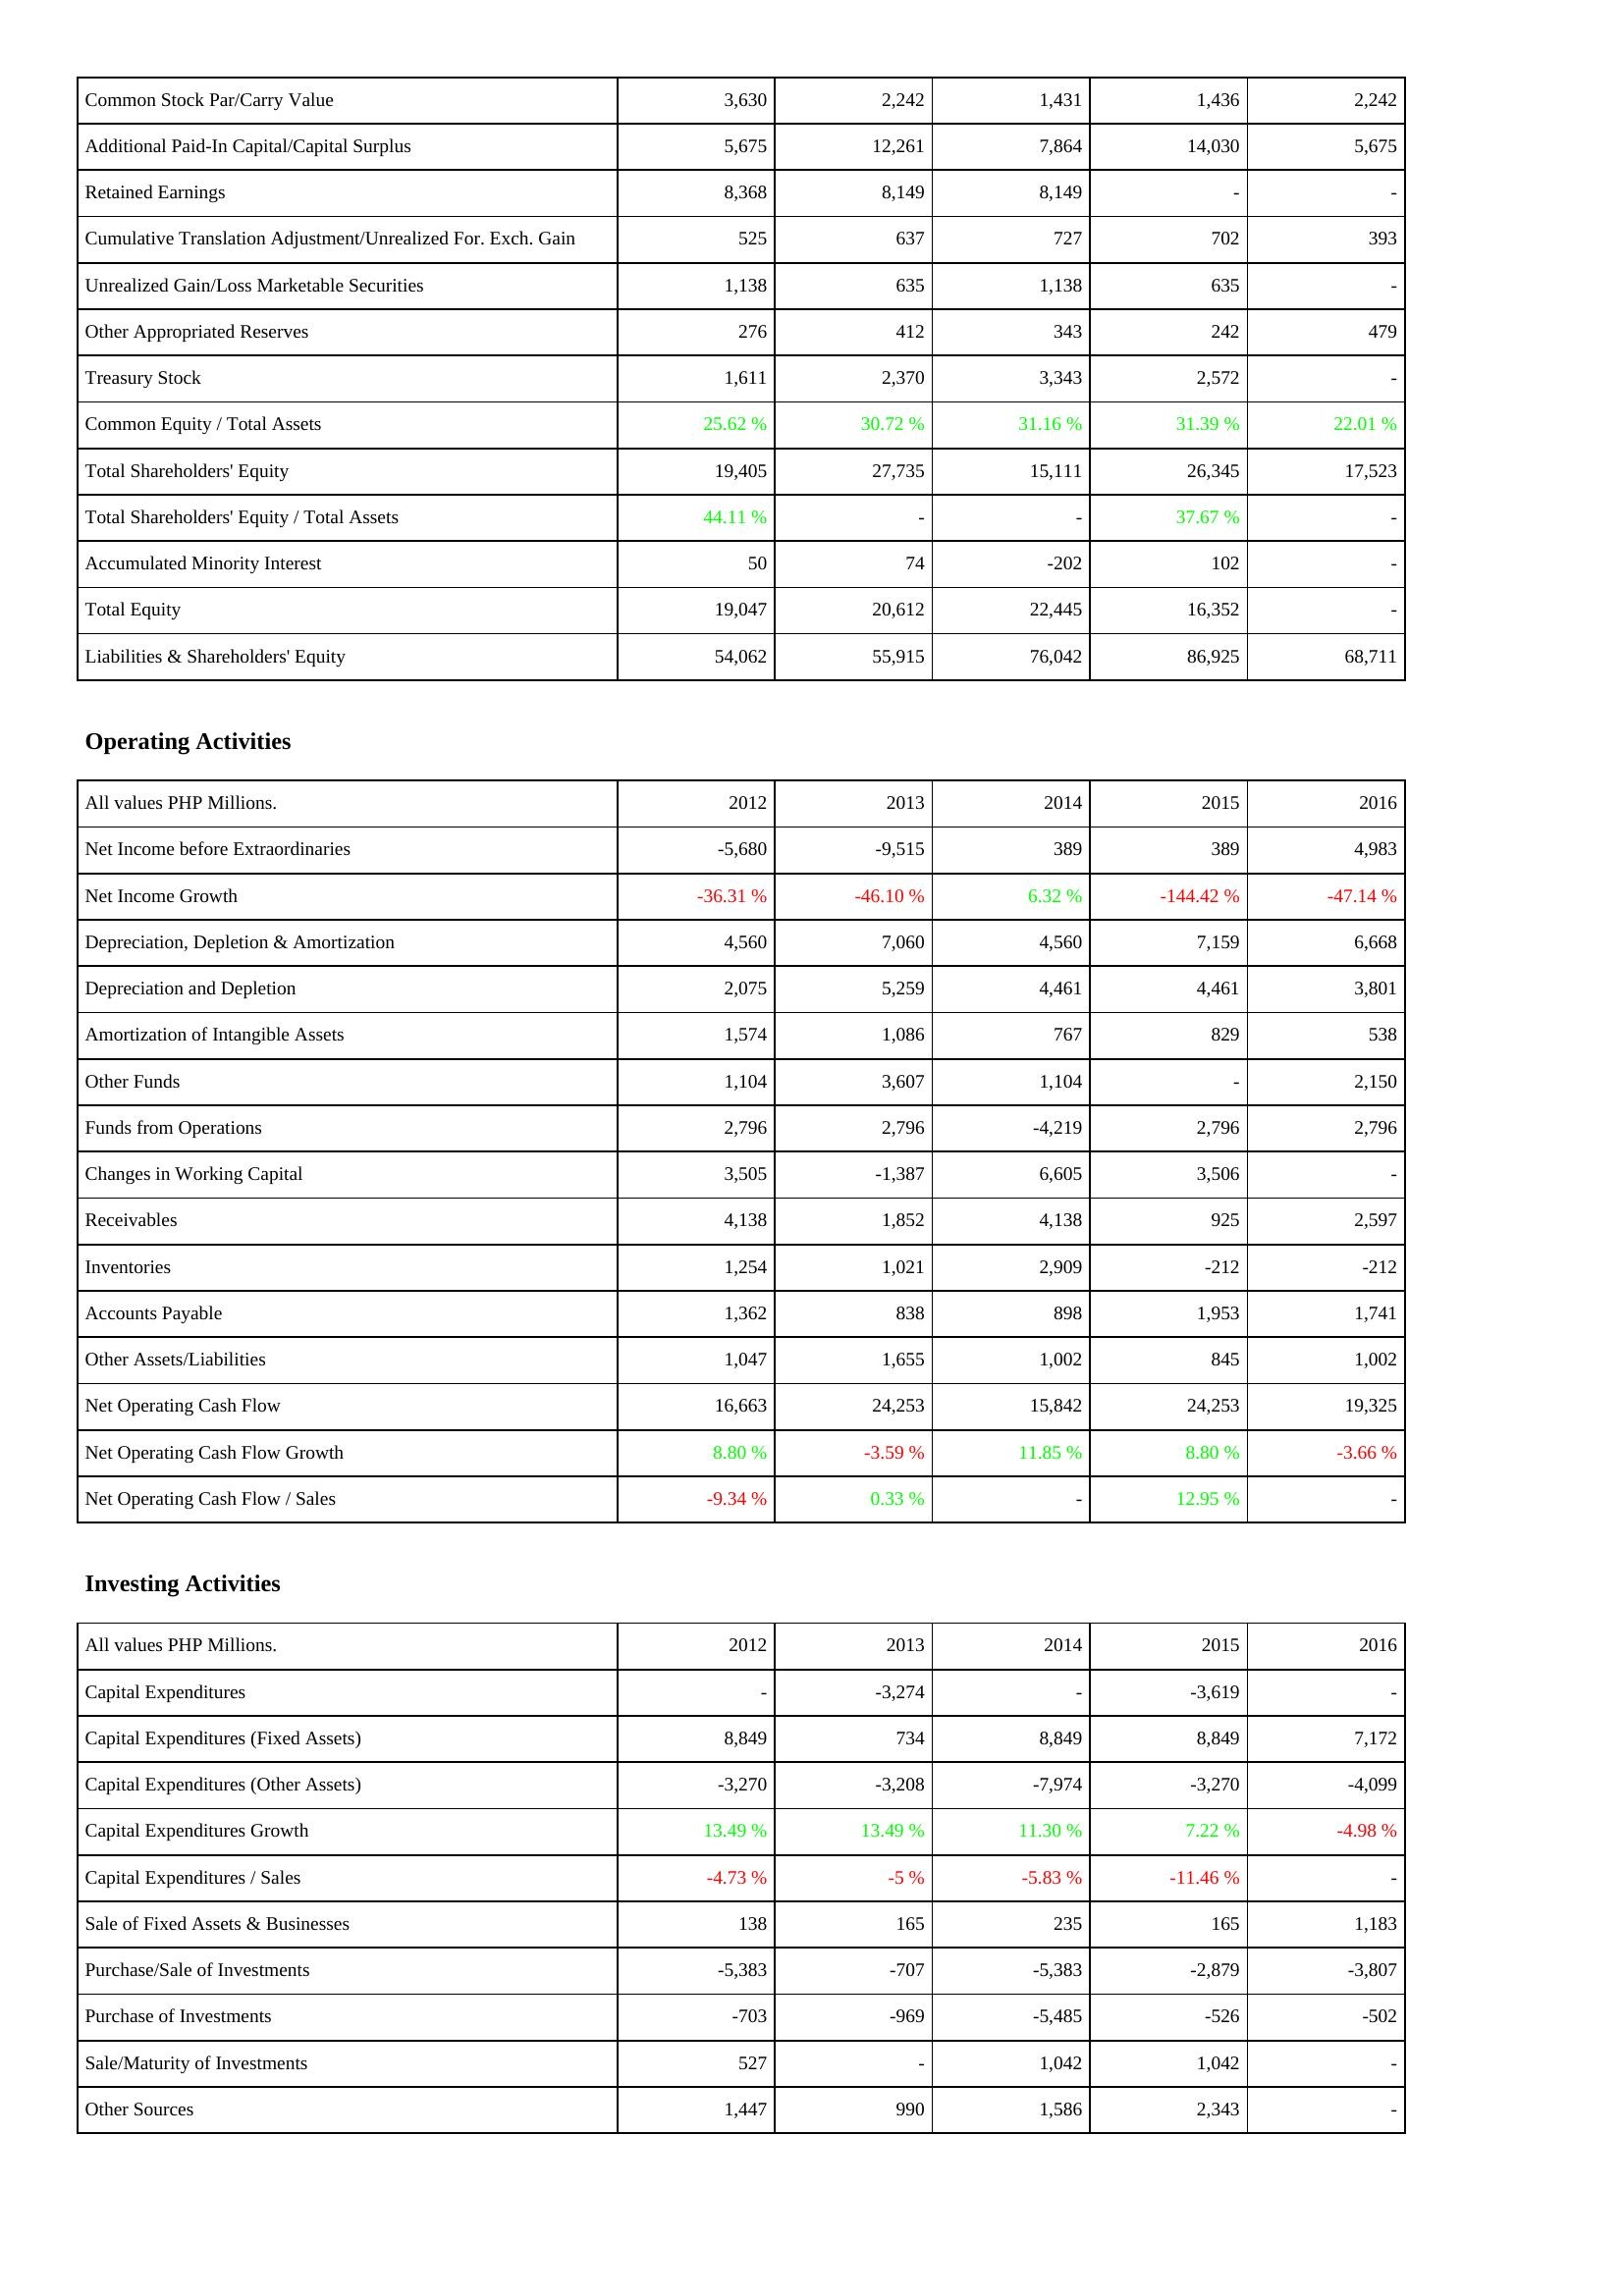
2012: Liabilities & Shareholders' Equity: Common Stock Par/Carry Value: 3,630
Additional Paid-In Capital/Capital Surplus: 5,675
Retained Earnings: 8,368
Cumulative Translation Adjustment/Unrealized For. Exch. Gain: 525
Unrealized Gain/Loss Marketable Securities: 1,138
Other Appropriated Reserves: 276
Treasury Stock: 1,611
Common Equity / Total Assets: 25.62 %
Total Shareholders' Equity: 19,405
Total Shareholders' Equity / Total Assets: 44.11 %
Accumulated Minority Interest: 50
Total Equity: 19,047
Liabilities & Shareholders' Equity: 54,062
Operating Activities: Net Income before Extraordinaries: -5,680
Net Income Growth: -36.31 %
Depreciation, Depletion & Amortization: 4,560
Depreciation and Depletion: 2,075
Amortization of Intangible Assets: 1,574
Other Funds: 1,104
Funds from Operations: 2,796
Changes in Working Capital: 3,505
Receivables: 4,138
Inventories: 1,254
Accounts Payable: 1,362
Other Assets/Liabilities: 1,047
Net Operating Cash Flow: 16,663
Net Operating Cash Flow Growth: 8.80 %
Net Operating Cash Flow / Sales: -9.34 %
Investing Activities: Capital Expenditures: -
Capital Expenditures (Fixed Assets): 8,849
Capital Expenditures (Other Assets): -3,270
Capital Expenditures Growth: 13.49 %
Capital Expenditures / Sales: -4.73 %
Sale of Fixed Assets & Businesses: 138
Purchase/Sale of Investments: -5,383
Purchase of Investments: -703
Sale/Maturity of Investments: 527
Other Sources: 1,447
2013: Liabilities & Shareholders' Equity: Common Stock Par/Carry Value: 2,242
Additional Paid-In Capital/Capital Surplus: 12,261
Retained Earnings: 8,149
Cumulative Translation Adjustment/Unrealized For. Exch. Gain: 637
Unrealized Gain/Loss Marketable Securities: 635
Other Appropriated Reserves: 412
Treasury Stock: 2,370
Common Equity / Total Assets: 30.72 %
Total Shareholders' Equity: 27,735
Total Shareholders' Equity / Total Assets: -
Accumulated Minority Interest: 74
Total Equity: 20,612
Liabilities & Shareholders' Equity: 55,915
Operating Activities: Net Income before Extraordinaries: -9,515
Net Income Growth: -46.10 %
Depreciation, Depletion & Amortization: 7,060
Depreciation and Depletion: 5,259
Amortization of Intangible Assets: 1,086
Other Funds: 3,607
Funds from Operations: 2,796
Changes in Working Capital: -1,387
Receivables: 1,852
Inventories: 1,021
Accounts Payable: 838
Other Assets/Liabilities: 1,655
Net Operating Cash Flow: 24,253
Net Operating Cash Flow Growth: -3.59 %
Net Operating Cash Flow / Sales: 0.33 %
Investing Activities: Capital Expenditures: -3,274
Capital Expenditures (Fixed Assets): 734
Capital Expenditures (Other Assets): -3,208
Capital Expenditures Growth: 13.49 %
Capital Expenditures / Sales: -5 %
Sale of Fixed Assets & Businesses: 165
Purchase/Sale of Investments: -707
Purchase of Investments: -969
Sale/Maturity of Investments: -
Other Sources: 990
2014: Liabilities & Shareholders' Equity: Common Stock Par/Carry Value: 1,431
Additional Paid-In Capital/Capital Surplus: 7,864
Retained Earnings: 8,149
Cumulative Translation Adjustment/Unrealized For. Exch. Gain: 727
Unrealized Gain/Loss Marketable Securities: 1,138
Other Appropriated Reserves: 343
Treasury Stock: 3,343
Common Equity / Total Assets: 31.16 %
Total Shareholders' Equity: 15,111
Total Shareholders' Equity / Total Assets: -
Accumulated Minority Interest: -202
Total Equity: 22,445
Liabilities & Shareholders' Equity: 76,042
Operating Activities: Net Income before Extraordinaries: 389
Net Income Growth: 6.32 %
Depreciation, Depletion & Amortization: 4,560
Depreciation and Depletion: 4,461
Amortization of Intangible Assets: 767
Other Funds: 1,104
Funds from Operations: -4,219
Changes in Working Capital: 6,605
Receivables: 4,138
Inventories: 2,909
Accounts Payable: 898
Other Assets/Liabilities: 1,002
Net Operating Cash Flow: 15,842
Net Operating Cash Flow Growth: 11.85 %
Net Operating Cash Flow / Sales: -
Investing Activities: Capital Expenditures: -
Capital Expenditures (Fixed Assets): 8,849
Capital Expenditures (Other Assets): -7,974
Capital Expenditures Growth: 11.30 %
Capital Expenditures / Sales: -5.83 %
Sale of Fixed Assets & Businesses: 235
Purchase/Sale of Investments: -5,383
Purchase of Investments: -5,485
Sale/Maturity of Investments: 1,042
Other Sources: 1,586
2015: Liabilities & Shareholders' Equity: Common Stock Par/Carry Value: 1,436
Additional Paid-In Capital/Capital Surplus: 14,030
Retained Earnings: -
Cumulative Translation Adjustment/Unrealized For. Exch. Gain: 702
Unrealized Gain/Loss Marketable Securities: 635
Other Appropriated Reserves: 242
Treasury Stock: 2,572
Common Equity / Total Assets: 31.39 %
Total Shareholders' Equity: 26,345
Total Shareholders' Equity / Total Assets: 37.67 %
Accumulated Minority Interest: 102
Total Equity: 16,352
Liabilities & Shareholders' Equity: 86,925
Operating Activities: Net Income before Extraordinaries: 389
Net Income Growth: -144.42 %
Depreciation, Depletion & Amortization: 7,159
Depreciation and Depletion: 4,461
Amortization of Intangible Assets: 829
Other Funds: -
Funds from Operations: 2,796
Changes in Working Capital: 3,506
Receivables: 925
Inventories: -212
Accounts Payable: 1,953
Other Assets/Liabilities: 845
Net Operating Cash Flow: 24,253
Net Operating Cash Flow Growth: 8.80 %
Net Operating Cash Flow / Sales: 12.95 %
Investing Activities: Capital Expenditures: -3,619
Capital Expenditures (Fixed Assets): 8,849
Capital Expenditures (Other Assets): -3,270
Capital Expenditures Growth: 7.22 %
Capital Expenditures / Sales: -11.46 %
Sale of Fixed Assets & Businesses: 165
Purchase/Sale of Investments: -2,879
Purchase of Investments: -526
Sale/Maturity of Investments: 1,042
Other Sources: 2,343
2016: Liabilities & Shareholders' Equity: Common Stock Par/Carry Value: 2,242
Additional Paid-In Capital/Capital Surplus: 5,675
Retained Earnings: -
Cumulative Translation Adjustment/Unrealized For. Exch. Gain: 393
Unrealized Gain/Loss Marketable Securities: -
Other Appropriated Reserves: 479
Treasury Stock: -
Common Equity / Total Assets: 22.01 %
Total Shareholders' Equity: 17,523
Total Shareholders' Equity / Total Assets: -
Accumulated Minority Interest: -
Total Equity: -
Liabilities & Shareholders' Equity: 68,711
Operating Activities: Net Income before Extraordinaries: 4,983
Net Income Growth: -47.14 %
Depreciation, Depletion & Amortization: 6,668
Depreciation and Depletion: 3,801
Amortization of Intangible Assets: 538
Other Funds: 2,150
Funds from Operations: 2,796
Changes in Working Capital: -
Receivables: 2,597
Inventories: -212
Accounts Payable: 1,741
Other Assets/Liabilities: 1,002
Net Operating Cash Flow: 19,325
Net Operating Cash Flow Growth: -3.66 %
Net Operating Cash Flow / Sales: -
Investing Activities: Capital Expenditures: -
Capital Expenditures (Fixed Assets): 7,172
Capital Expenditures (Other Assets): -4,099
Capital Expenditures Growth: -4.98 %
Capital Expenditures / Sales: -
Sale of Fixed Assets & Businesses: 1,183
Purchase/Sale of Investments: -3,807
Purchase of Investments: -502
Sale/Maturity of Investments: -
Other Sources: -